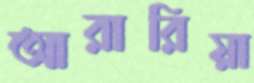
আরারিয়া